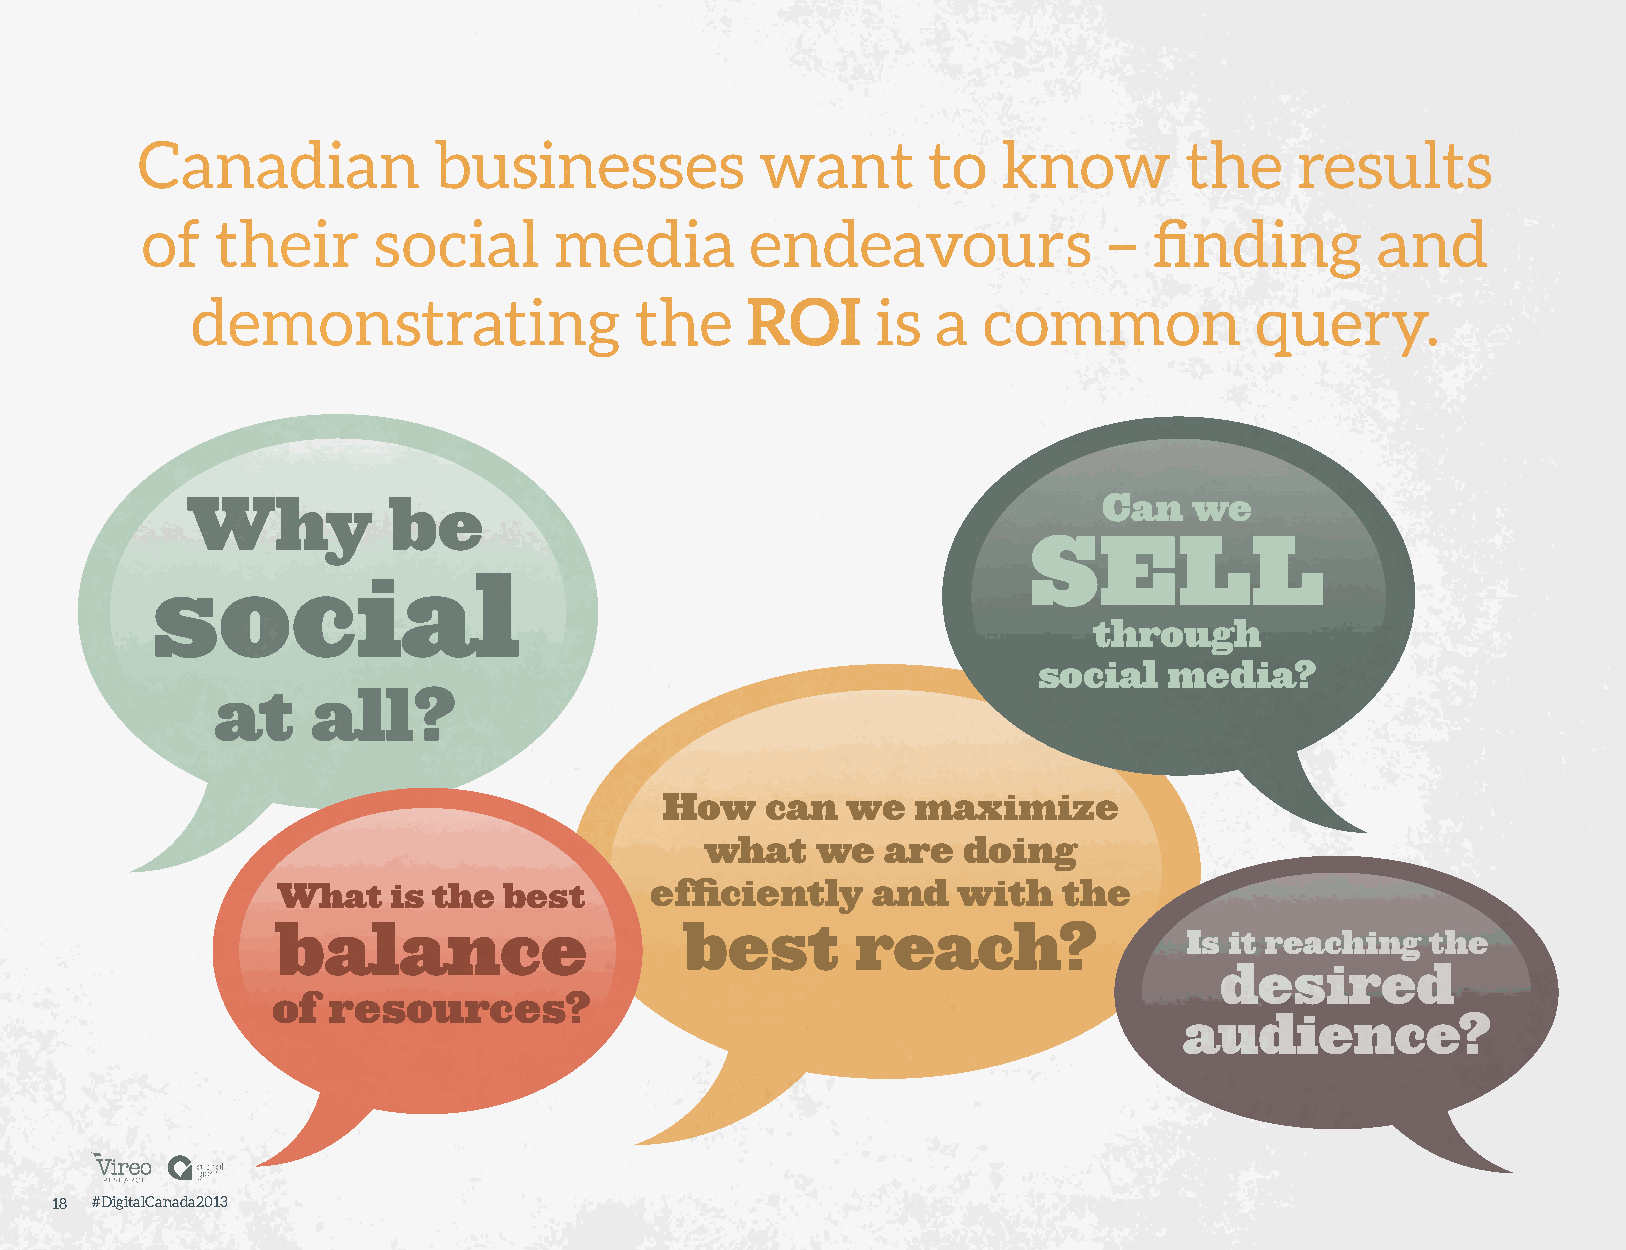
Canadian            businesses           want       to   know        the     results
 of   their      social      media        endeavours             –  finding        and
 demonstrating                the    ROI      is  a  common            query.
 Why           be                                             Can   we
 SELL
 social
 through
 social  media?
 at     all?
 How    can  we   maximize
 what   we   are  doing
 What    is the best      efficiently    and  with   the
 balance                    best        reach?               Is it reaching   the
 desired
 of  resources?
 audience?
 18 #DigitalCanada2013